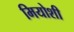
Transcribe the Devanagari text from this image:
मियोशी